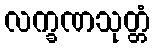
လက္ခဏသုတ္တံ